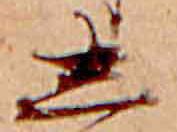
し